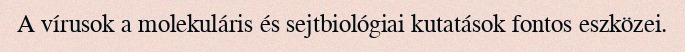
A vírusok a molekuláris és sejtbiológiai kutatások fontos eszközei.